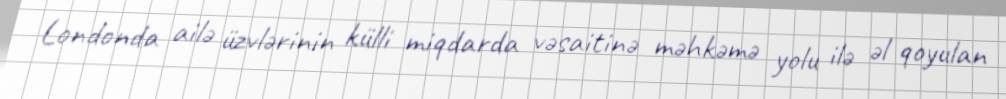
Londonda ailə üzvlərinin külli miqdarda vəsaitinə məhkəmə yolu ilə əl qoyulan